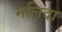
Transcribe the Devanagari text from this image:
मलिदा